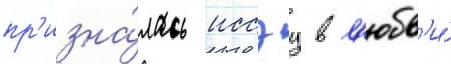
пр'изна́лась иссэу в л'юбв'и́